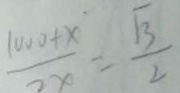
\frac { 1 0 0 0 + x } { 2 x } = \frac { \sqrt { 3 } } { 2 }